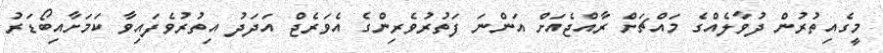
މީގެއިތުރުން ދުވާލެއްގެ މައްޗަށް ރާއްޖެއަށް އަންނަ ފަތުރުވެރިންގެ އެވަރެޖް އަދަދު އިތުރުވެފައިވާ ކަމަށާއިބޯޑަރު